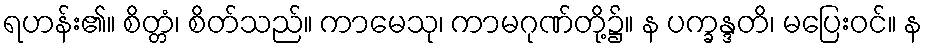
ရဟန်း၏။ စိတ္တံ၊ စိတ်သည်။ ကာမေသု၊ ကာမဂုဏ်တို့၌။ န ပက္ခန္ဒတိ၊ မပြေးဝင်။ န